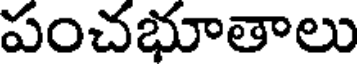
పంచభూతాలు